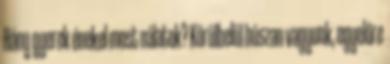
Hány gyerek énekel most nálatok? Körülbelül húszan vagyunk, egyelőre